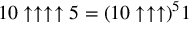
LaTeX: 1 0 \uparrow \uparrow \uparrow \uparrow 5 = ( 1 0 \uparrow \uparrow \uparrow ) ^ { 5 } 1